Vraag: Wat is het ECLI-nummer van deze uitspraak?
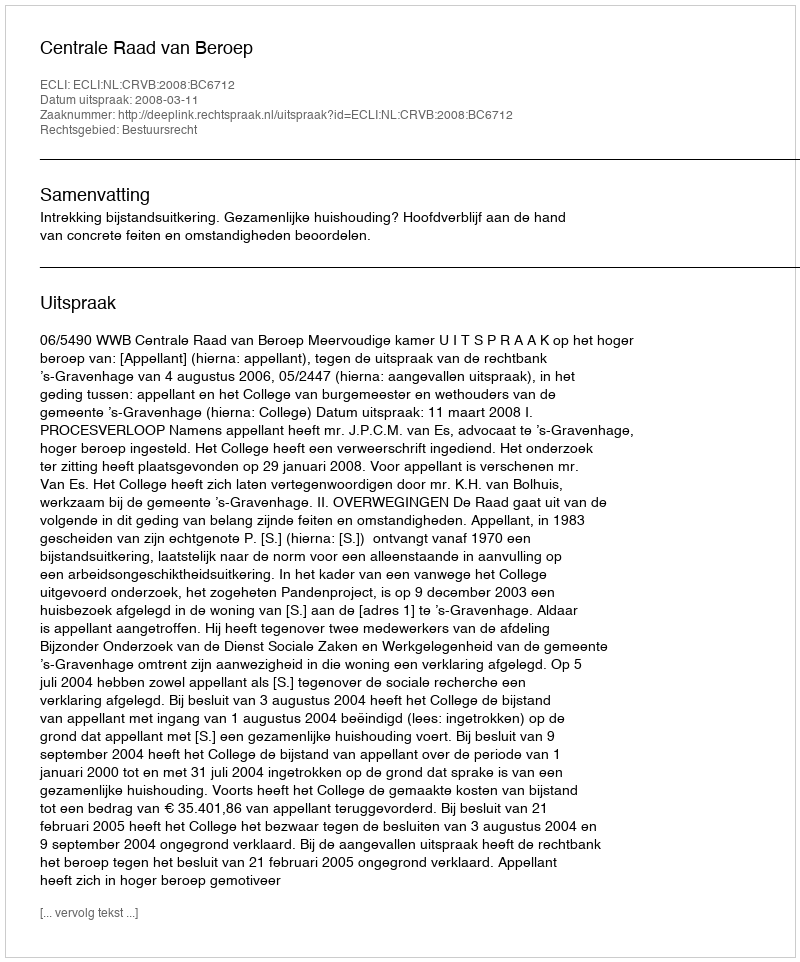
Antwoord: ECLI:NL:CRVB:2008:BC6712